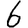
Digit: 6